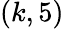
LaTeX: (k,5)